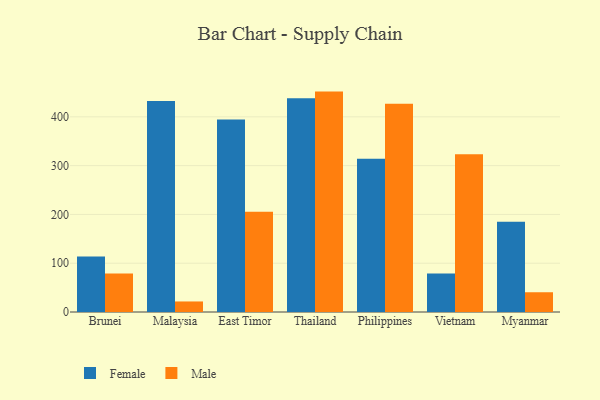
{"axis": {"x": "Country", "y": "Waste Production (Tons)"}, "legend": ["Female", "Male"], "data": [{"x": "Brunei", "y": 113.7, "type": "Female"}, {"x": "Brunei", "y": 79.0, "type": "Male"}, {"x": "Malaysia", "y": 432.6, "type": "Female"}, {"x": "Malaysia", "y": 21.6, "type": "Male"}, {"x": "East Timor", "y": 394.6, "type": "Female"}, {"x": "East Timor", "y": 205.3, "type": "Male"}, {"x": "Thailand", "y": 437.9, "type": "Female"}, {"x": "Thailand", "y": 451.7, "type": "Male"}, {"x": "Philippines", "y": 313.9, "type": "Female"}, {"x": "Philippines", "y": 426.8, "type": "Male"}, {"x": "Vietnam", "y": 79.0, "type": "Female"}, {"x": "Vietnam", "y": 323.5, "type": "Male"}, {"x": "Myanmar", "y": 184.8, "type": "Female"}, {"x": "Myanmar", "y": 40.5, "type": "Male"}]}